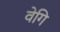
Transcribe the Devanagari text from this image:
वेगि